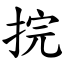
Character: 捖